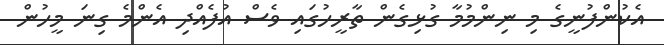
އެކުންފުނީގެ މި ނިންމުމާ ގުޅިގެން ތާރީހުގައި ވެސް އުފެއްދި އެންމެ ގިނަ މީހުން